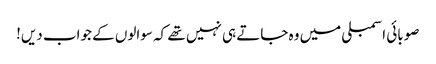
صوبائی اسمبلی میں وہ جاتے ہی نہیں تھے کہ سوالوں کے جواب دیں!